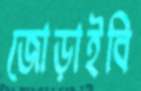
জোড়াইবি